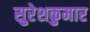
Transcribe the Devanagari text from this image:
सुरेशकुमार